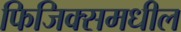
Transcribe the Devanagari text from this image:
फिजिक्समधील